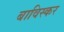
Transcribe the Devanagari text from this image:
बाविस्कर